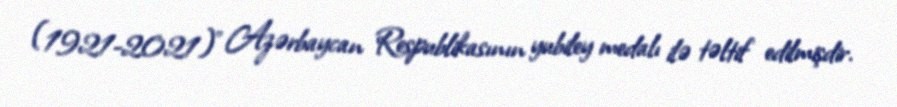
(1921-2021)" Azərbaycan Respublikasının yubiley medalı ilə təltif edilmişdir.